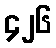
၄၂၆